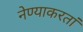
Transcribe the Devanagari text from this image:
नेण्याकरतां